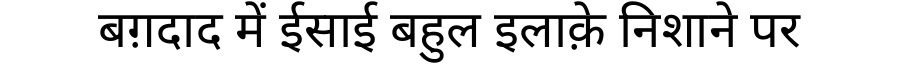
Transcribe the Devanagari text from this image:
बग़दाद में ईसाई बहुल इलाक़े निशाने पर